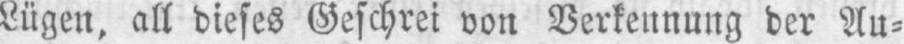
Lügen, all dieses Geschrei von Verkennung der Au⸗